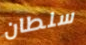
سلطان